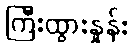
ကြီးထွားနှုန်း